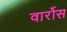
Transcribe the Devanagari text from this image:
वार्रोस